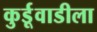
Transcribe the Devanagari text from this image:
कुर्डूवाडीला